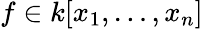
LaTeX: f\in k[x_{1},\ldots,x_{n}]